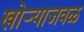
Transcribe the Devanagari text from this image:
खोऱ्याजवळ